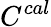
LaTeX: C^{cal}